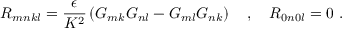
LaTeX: R _ { m n k l } = \frac { \epsilon } { K ^ { 2 } } \left( G _ { m k } G _ { n l } - G _ { m l } G _ { n k } \right) \ \ \ , \ \ \ R _ { 0 n 0 l } = 0 \ .